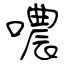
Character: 噥